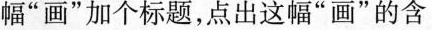
幅”画”加个标题，点出这幅”画”的含